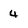
Character: 4